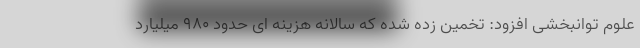
علوم توانبخشی افزود: تخمین زده شده که سالانه هزینه ای حدود ۹۸۰ میلیارد